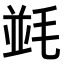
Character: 𣮧